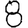
Digit: 8